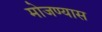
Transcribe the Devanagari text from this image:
मोजण्यास